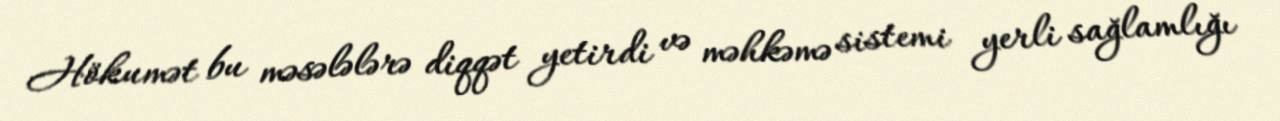
Hökumət bu məsələlərə diqqət yetirdi və məhkəmə sistemi yerli sağlamlığı